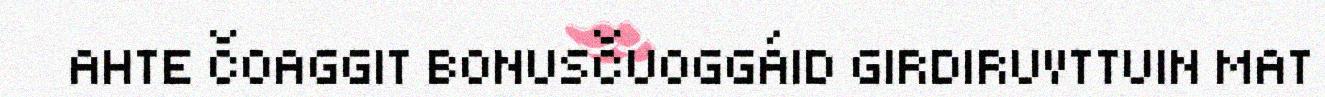
AHTE ČOAGGIT BONUSČUOGGÁID GIRDIRUVTTUIN MAT